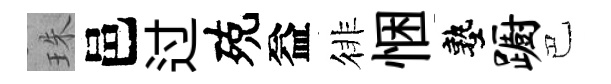
珠邑过殑益徘悃塾蹰巴